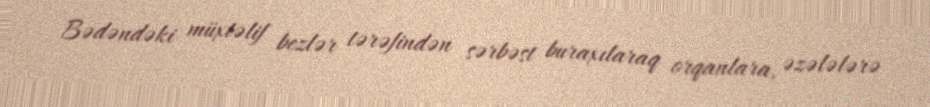
Bədəndəki müxtəlif bezlər tərəfindən sərbəst buraxılaraq orqanlara, əzələlərə